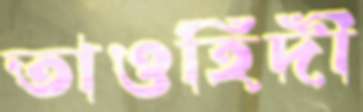
তাওহিদী